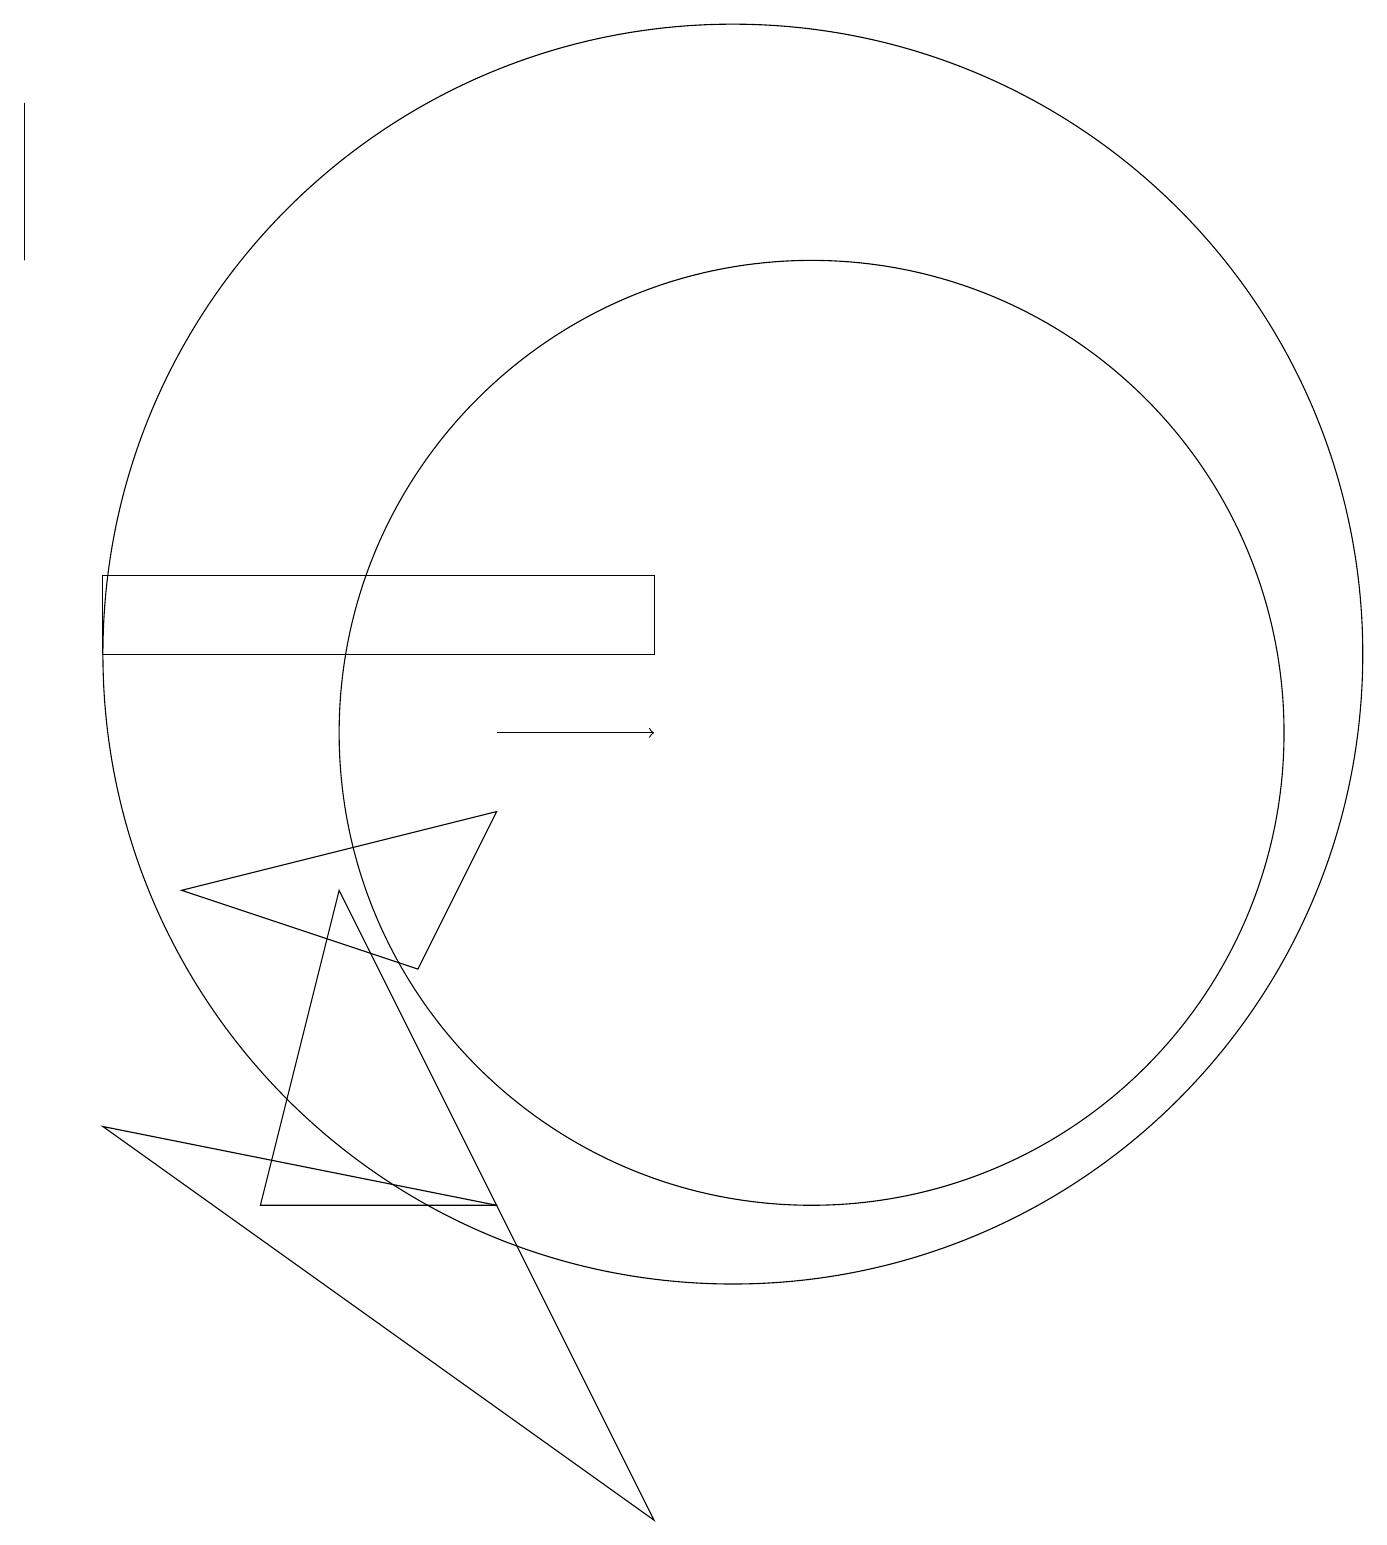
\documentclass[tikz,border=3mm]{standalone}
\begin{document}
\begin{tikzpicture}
\draw (6,7) -- (7,9) -- (3,8) -- cycle;
\draw (9,0) -- (2,5) -- (7,4) -- cycle;
\draw (10,11) circle (8);
\draw (11,10) circle (6);
\draw (9,12) rectangle (2,11);
\draw (5,8) -- (4,4) -- (7,4) -- cycle;
\draw (1,18) rectangle (1,16);
\draw[->] (7,10) -- (9,10);
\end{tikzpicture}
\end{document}